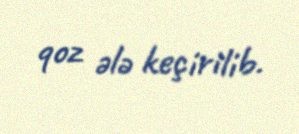
qoz ələ keçirilib.